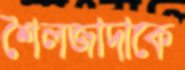
শৈলজাদাকে